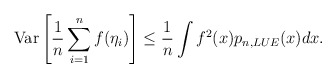
\begin{align*}\mathrm{Var}\left[\frac1n\sum_{i=1}^nf(\eta_i)\right]\leq \frac1n\int f^2(x)p_{n,LUE}(x)dx.\end{align*}